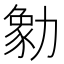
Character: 勨